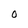
Character: O